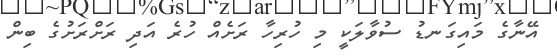
އޭނާގެ މައިގަނޑު ސުވާލަކީ މި ހުރިހާ ރަށެއް ހުރެ އަދި ރަށްރަށުގެ ބިން